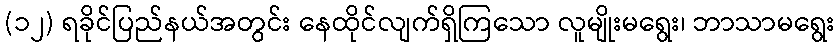
(၁၂) ရခိုင်ပြည်နယ်အတွင်း နေထိုင်လျက်ရှိကြသော လူမျိုးမရွေး၊ ဘာသာမရွေး